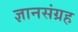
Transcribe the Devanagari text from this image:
ज्ञानसंग्रह